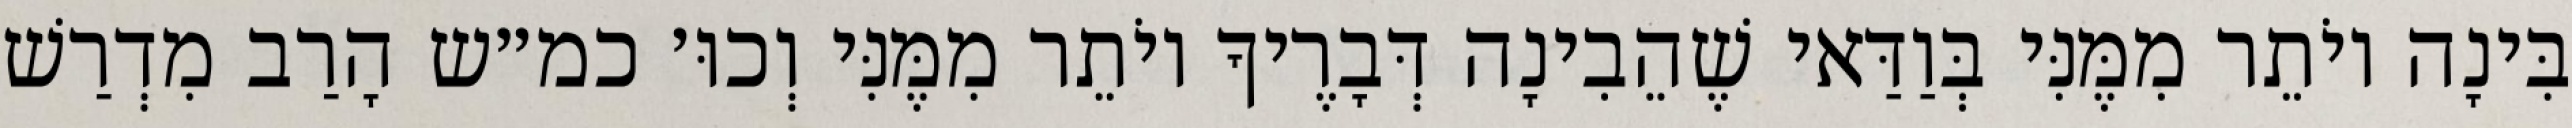
בִּינָה יוֹתֵר מִמֶּנִּי בְּוַדַּאי שֶׁהֵבִינָה דְּבָרֶיךָ יוֹתֵר מִמֶּנִּי וְכוּ׳ כמ״ש הָרַב מִדְרַשׁ